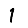
Digit: 1